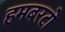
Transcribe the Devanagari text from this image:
हमबरटो